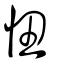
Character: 忸